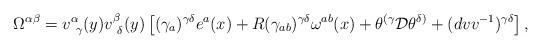
LaTeX: \begin{align*}\Omega^{\alpha\beta}=v^\alpha_{~\gamma}(y)v^\beta_{~\delta}(y)\left [(\gamma_a)^{\gamma\delta}e^a(x)+R(\gamma_{ab})^{\gamma\delta}\omega^{ab}(x) + \theta^{(\gamma}{\cal D}\theta^{\delta)}+(dvv^{-1})^{\gamma\delta}\right],\end{align*}